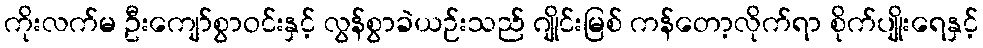
ကိုးလက်မ ဦးကျော်စွာဝင်းနှင့် လွန်စွာခဲယဉ်းသည် ဂျိုင်းမြစ် ကန်တော့လိုက်ရာ စိုက်ပျိုးရေနှင့်